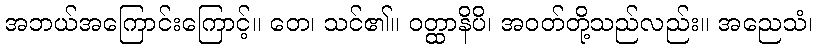
အဘယ်အကြောင်းကြောင့်။ တေ၊ သင်၏။ ဝတ္ထာနိပိ၊ အဝတ်တို့သည်လည်း။ အညေသံ၊